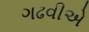
ગઢવીએ